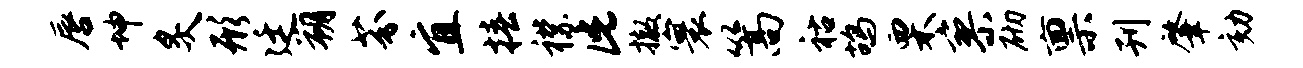
唇坤炙形廷朔芬宜椿襟此撤寰篙祜鸪栗寥砌禀刊肇劾